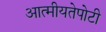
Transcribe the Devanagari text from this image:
आत्मीयतेपोटी